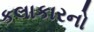
કલાકારનો